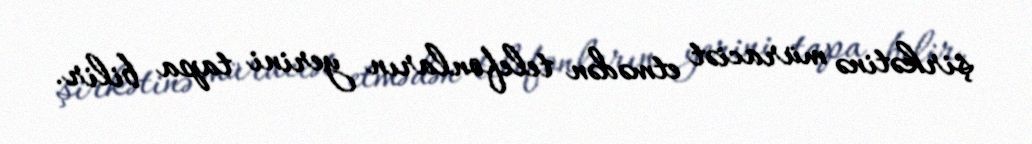
şirkətinə müraciət etmədən telefonların yerini tapa bilir.